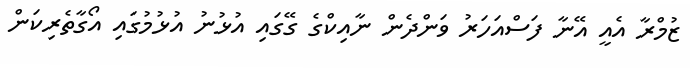
ޒުމްރާ އެއީ އޭނާ ފަސްއަހަރު ވަންދެން ނާއިކްގެ ގޭގައި އުޅުނު އުޅުމުގައި އޯގާތެރިކަން